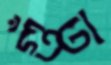
গুঁত